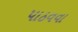
પાઠવવા